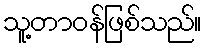
သူ့တာဝန်ဖြစ်သည်။